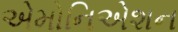
એમોનિએશન